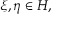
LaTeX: \xi , \eta \in H ,